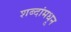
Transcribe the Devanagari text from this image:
शब्दांमधून